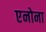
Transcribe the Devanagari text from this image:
एनोना